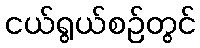
ငယ်ရွယ်စဉ်တွင်